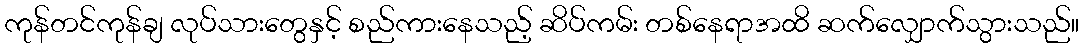
ကုန်တင်ကုန်ချ လုပ်သားတွေနှင့် စည်ကားနေသည့် ဆိပ်ကမ်း တစ်နေရာအထိ ဆက်လျှောက်သွားသည်။